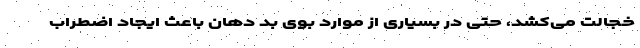
خجالت می‌کشد، حتی در بسیاری از موارد بوی بد دهان باعث ایجاد اضطراب